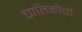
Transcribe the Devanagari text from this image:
चालिकोची